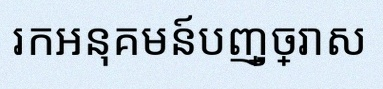
រកអនុគមន៍បញ្ច្រាស